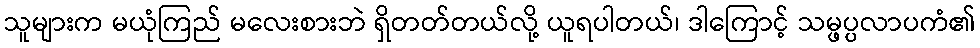
သူများက မယုံကြည် မလေးစားဘဲ ရှိတတ်တယ်လို့ ယူရပါတယ်၊ ဒါကြောင့် သမ္ဖပ္ပလာပကံ၏